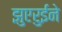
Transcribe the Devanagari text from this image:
झुएरुईने